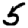
Digit: 5